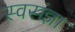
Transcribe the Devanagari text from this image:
स्वसंज्ञा